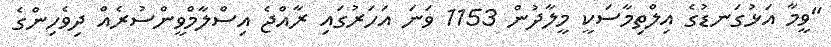
"ވީމާ އަޅުގަނޑުގެ އިލްތިމާސަކީ މީލާދުން 1153 ވަނަ އަހަރުގައި ރާއްޖެ އިސްލާމްވީންސުރެއް ދިވެހިންގެ